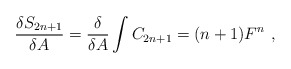
\begin{align*}\frac{\delta S_{2n+1}}{\delta A}=\frac{\delta}{\delta A}\int C_{2n+1}=(n+1)F^n \ ,\end{align*}